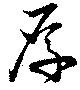
厚